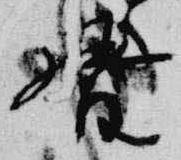
督